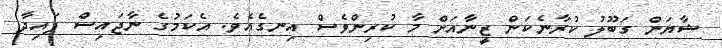
ޝާޔަން ގަބޫލު ކުރާނެކަން ޒީނާއަށް މާ ކުރިންވެސް އިނގެއެވެ. އެކަމުގެ ނާޖައިސް ފައިދާ